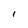
Character: I